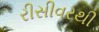
રીસીવરથી